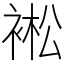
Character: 䘴